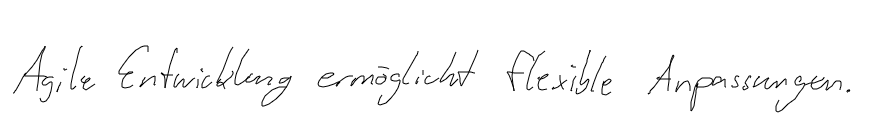
Agile Entwicklung ermöglicht flexible Anpassungen.